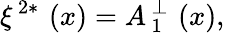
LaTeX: \xi^{\, 2\ast}\, \left(x\right)=A_{\, 1}^{\, \perp}\, \left(x\right),